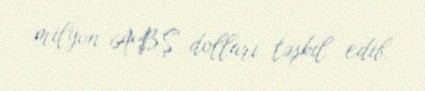
milyon ABŞ dolları təşkil edib.